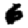
Digit: 6